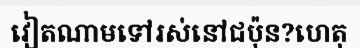
វៀតណាមទៅរស់នៅជប៉ុន?ហេតុ